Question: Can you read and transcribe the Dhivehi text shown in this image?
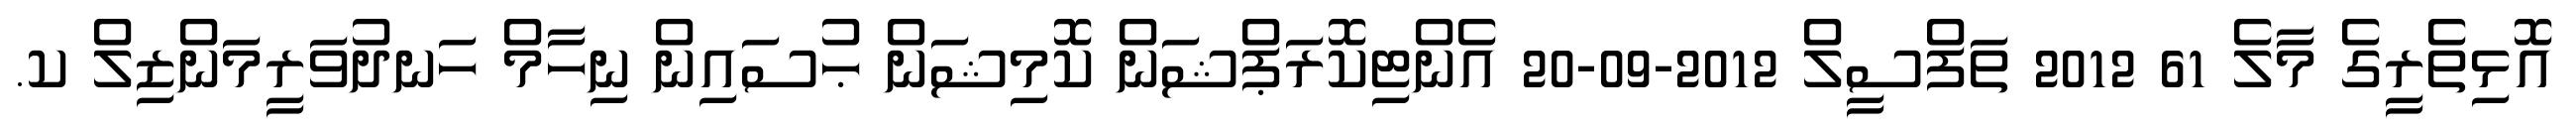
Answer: އޮޅިތެރީގެ މާލެ 61 2012 ތަފްސީލް 2012-09-20 އެންޓިކޮރަޕްޝަން ކޮމިޝަން ޙުސައިން ނިހާމް ހަނދުވަރީމަންޒިލް ކ.